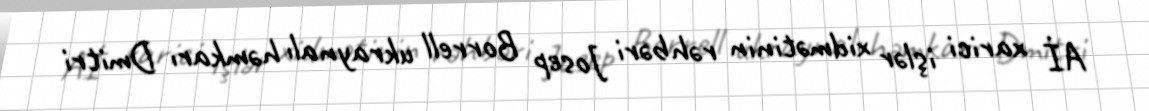
Aİ xarici işlər xidmətinin rəhbəri Josep Borrell ukraynalı həmkarı Dmitri